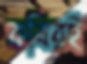
কবিরই